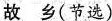
故乡(节选)